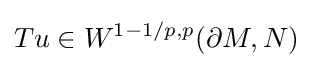
Tu\in W^{1-1/p,p}(\partial M,N)